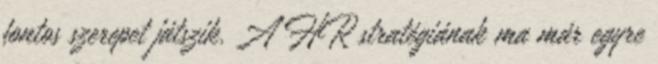
fontos szerepet játszik. A HR stratégiának ma már egyre